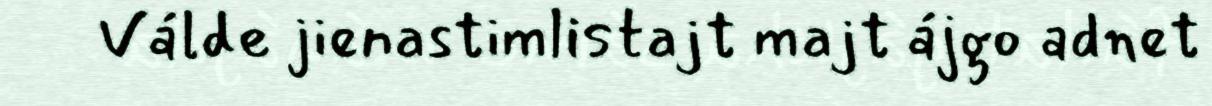
Válde jienastimlistajt majt ájgo adnet